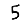
Digit: 5